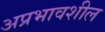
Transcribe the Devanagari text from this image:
अप्रभावशील